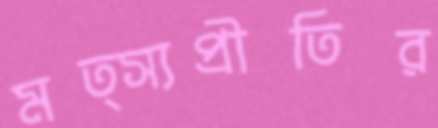
মত্স্যপ্রীতির